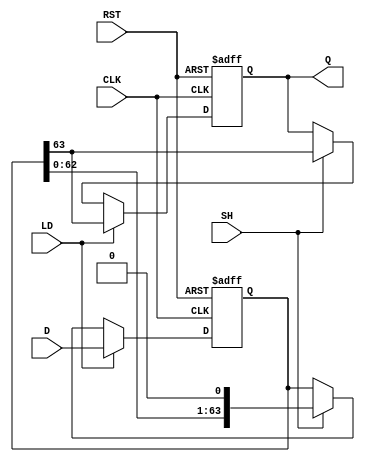
module PISO_Register (
    input wire [63:0] D,      // 64-bit parallel input data
    input wire LD,            // Load control signal
    input wire SH,            // Shift control signal
    input wire CLK,           // Clock signal
    input wire RST,           // Asynchronous reset signal
    output reg Q              // Serial output
);

    reg [63:0] shift_reg;     // Internal shift register to hold the data

    always @(posedge CLK or posedge RST) begin
        if (RST) begin
            // Asynchronous reset: clear the shift register
            shift_reg <= 64'b0;
            Q <= 1'b0;         // Clear output as well
        end else if (LD) begin
            // Load data into the shift register
            shift_reg <= D;
            Q <= shift_reg[63]; // Output the MSB on load
        end else if (SH) begin
            // Shift operation: shift data out serially
            Q <= shift_reg[63]; // Output the MSB
            shift_reg <= {shift_reg[62:0], 1'b0}; // Shift left
        end
    end

endmodule